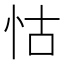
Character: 怙